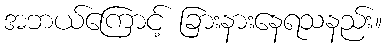
အဘယ်ကြောင့် ခြားနားနေရသနည်း။